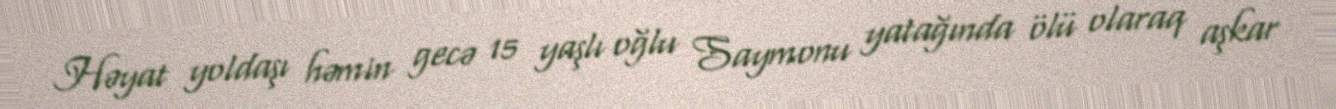
Həyat yoldaşı həmin gecə 15 yaşlı oğlu Saymonu yatağında ölü olaraq aşkar